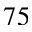
7 5